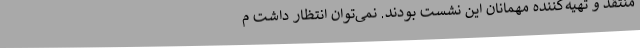
منتقد و تهیه‌کننده مهمانان این نشست بودند. نمی‌توان انتظار داشت م